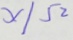
x / 5 2